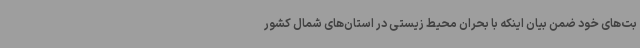
بت‌های خود ضمن بیان اینکه با بحران محیط زیستی در استان‌های شمال کشور